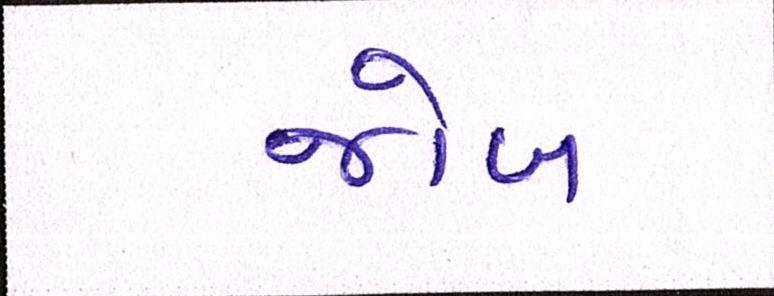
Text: જોબ